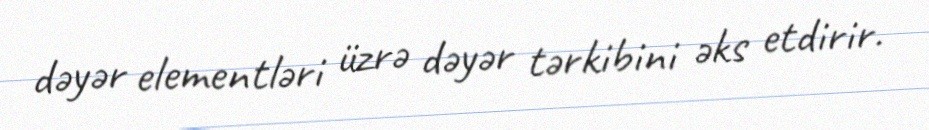
dəyər elementləri üzrə dəyər tərkibini əks etdirir.